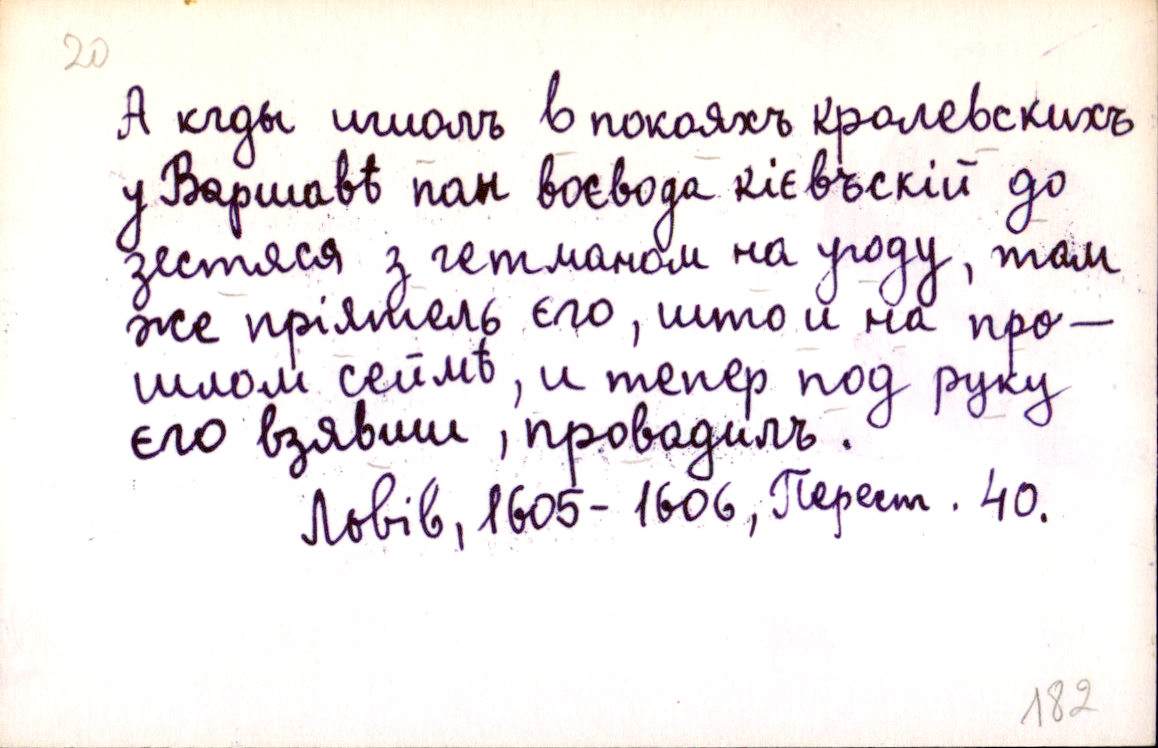
А кды ишолъ в покояхъ кролевскихъ
у Варшавѣ пан воєвода кієвъскій до
зестяся з гетманом на угоду, там
же пріятель єго, што и на про-
шлом сеймѣ, и тепер под руку
єго взявши, провадилъ.
Львів, 1605-1606, Перест. 40.